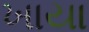
ખાયા